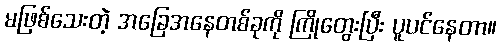
မဖြစ်သေးတဲ့ အခြေအနေတစ်ခုကို ကြိုတွေးပြီး ပူပင်နေတာ။